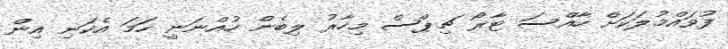
ފުވައްމުލަކަށް ހާއްސަ ޓާރޯ ޗިޕްސް މިހާރު ލިބެން ހުއްނަނީ ހަމަ އެކަނި އިން